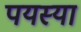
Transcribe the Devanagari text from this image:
पयस्या